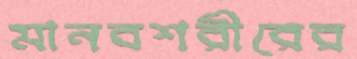
মানবশরীরের